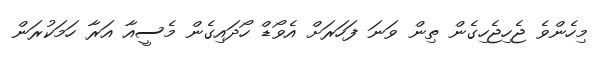
މިހެންވެ ޖެހިޖެހިގެން ތިން ވަނަ ފަހަރަށް އެވޯޑް ހޯދައިގެން މެސީއާ އަރާ ހަމަކުރަން